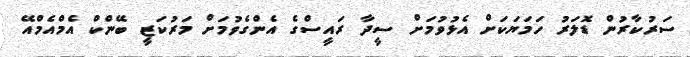
ސަރުކާރުން ޑޮލަރު ހަމަޔަކަށް އެޅުވުމަށް ސީދާ ރައީސްގެ އެންގެވުމަށް މަރުކަޒީ ބޭންކް އެމްއެމްއޭ